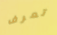
تعرف